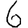
Digit: 6